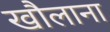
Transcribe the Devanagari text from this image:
खौलाना